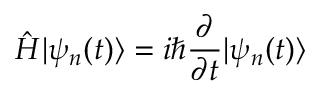
{ \hat { H } } | \psi _ { n } ( t ) \rangle = i \hbar { \frac { \partial } { \partial t } } | \psi _ { n } ( t ) \rangle